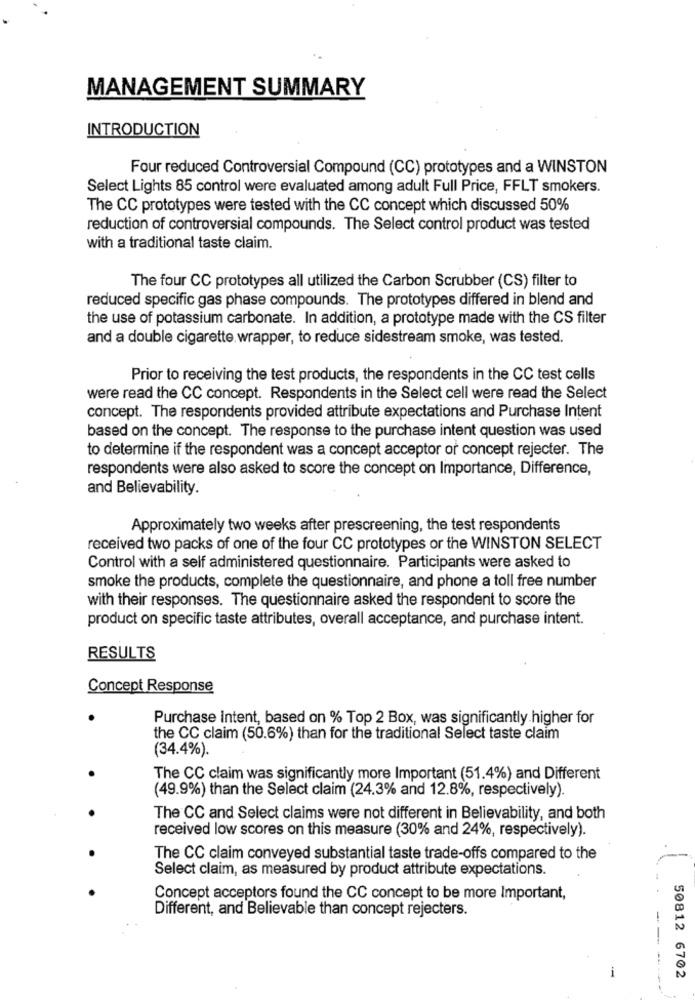
MANAGEMENT SUMMARY
INTRODUCTION
Four reduced Controversial Compound (CC) prototypes and a WINSTON
Select Lights 85 control were evaluated among adult Full Price, FFLT smokers.
The CC prototypes were tested with the CC concept which discussed 50%
reduction of controversial compounds. The Select control product was tested
with a traditional taste claim.
The four CC prototypes all utilized the Carbon Scrubber (CS) filter to
reduced specific gas phase compounds. The prototypes differed in blend and
the use of potassium carbonate. In addition, a prototype made with the CS filter
and a double cigarette wrapper, to reduce sidestream smoke, was tested.
Prior to receiving the test products, the respondents in the CC test cells
were read the CC concept. Respondents in the Select cell were read the Select
concept. The respondents provided attribute expectations and Purchase Intent
based on the concept. The response to the purchase intent question was used
to determine if the respondent was a concept acceptor of concept rejecter. The
respondents were also asked to score the concept on Importance, Difference,
and Believability.
Approximately two weeks after prescreening, the test respondents
received two packs of one of the four CC prototypes or the WINSTON SELECT
Control with a self administered questionnaire. Participants were asked to
smoke the products, complete the questionnaire, and phone a toll free number
with their responses. The questionnaire asked the respondent to score the
product on specific taste attributes, overall acceptance, and purchase intent.
RESULTS
Concept Response
Purchase Intent, based on % Top 2 Box, was significantly higher for
the CC claim (50.6%) than for the traditional Select taste claim
(34.4%).
The CC claim was significantly more Important (51.4%) and Different
(49.9%) than the Select claim (24.3% and 12.8%, respectively).
The CC and Select claims were not different in Believability, and both
received low scores on this measure (30% and 24%, respectively).
The CC claim conveyed substantial taste trade-offs compared to the
Select claim, as measured by product attribute expectations.
Concept acceptors found the CC concept to be more Important,
Different, and Believable than concept rejecters.
-
i
50812 6702